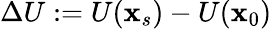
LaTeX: \Delta U:=U(\mathbf{x}_{s})-U(\mathbf{x}_{0})